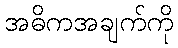
အဓိကအချက်ကို